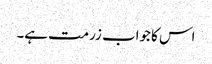
اس کا جواب زرمت ہے۔